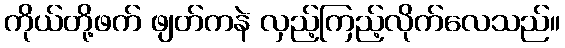
ကိုယ်တို့ဖက် ဖျတ်ကနဲ လှည့်ကြည့်လိုက်လေသည်။